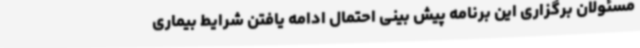
مسئولان برگزاری این برنامه پیش بینی احتمال ادامه یافتن شرایط بیماری